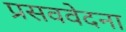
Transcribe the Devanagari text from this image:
प्रसववेदना